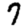
Digit: 7